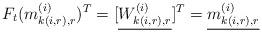
LaTeX: \begin{align*}F_t(m_{k(i, r), r}^{(i)})^T=[\underline{W_{k(i, r), r}^{(i)}}]^T=\underline{m_{k(i, r), r}^{(i)}}\end{align*}